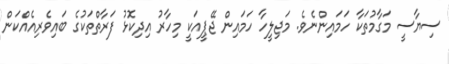
ސިޔާސީ މަގާމުތަކާ ހަމައިންނެވެ. މަޖިލީހާ ހަމައިން ޖޭޕީއަކީ މިހާރު އިދިކޮޅު ފަރާތްތަކުގެ ބައިވެރިއެއްކަން